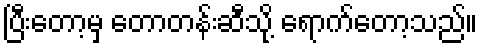
ပြီးတော့မှ တောတန်းဆီသို့ ရောက်တော့သည်။